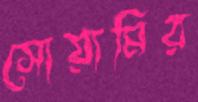
সোয়ামির